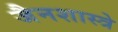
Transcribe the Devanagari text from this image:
जैनशास्त्रे